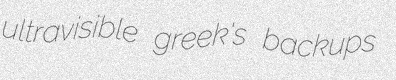
ultravisible greek's backups